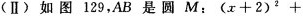
(Ⅱ) 如图129，AB是圆$$M ：( x + 2 ) ^ { 2 } +